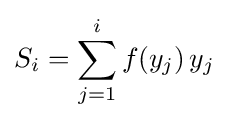
S_{i}=\sum _{j=1}^{i}f(y_{j})\,y_{j}